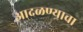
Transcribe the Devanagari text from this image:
आदळण्याचा